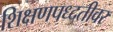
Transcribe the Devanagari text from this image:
शिक्षणपध्दतीवर